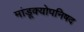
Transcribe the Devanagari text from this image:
मांडूक्योपनिषद